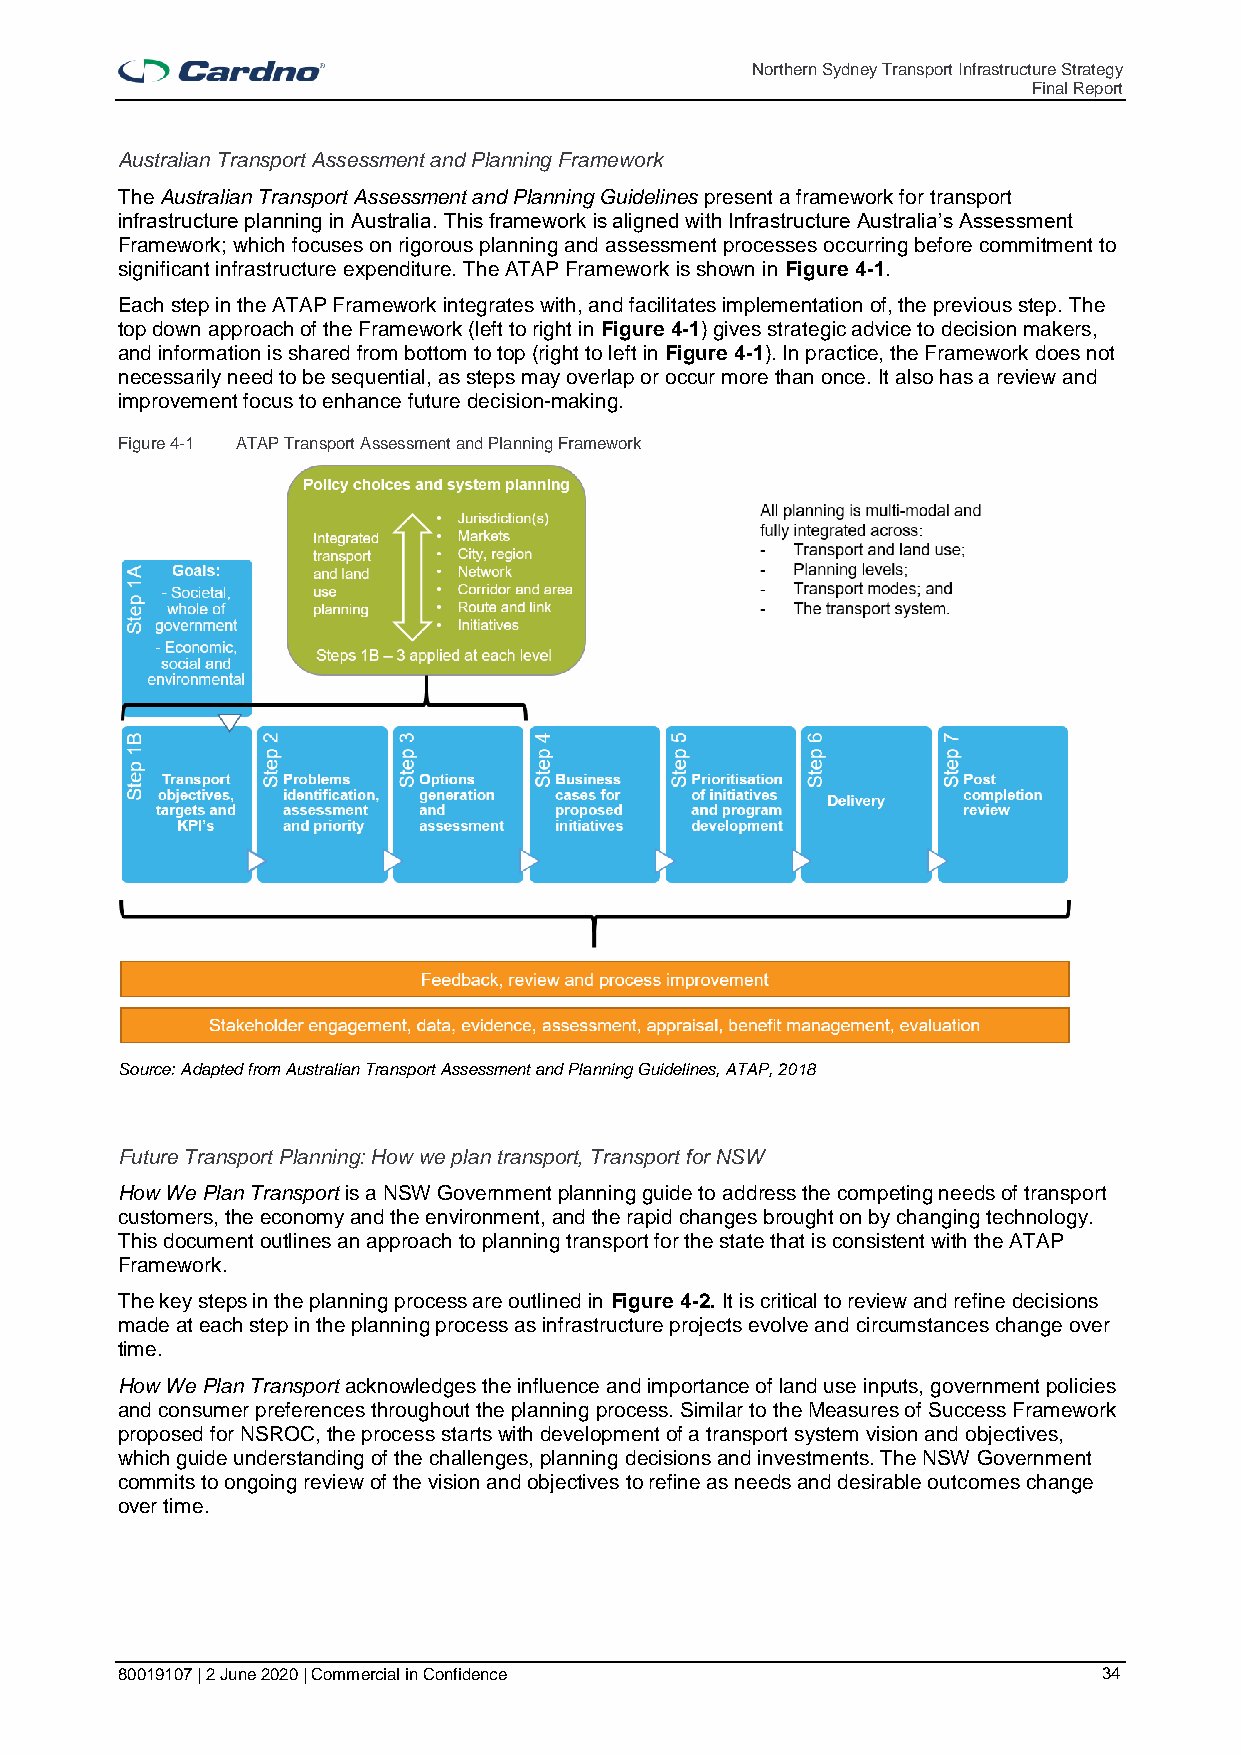
Northern Sydney Transport Infrastructure Strategy
 Final Report
 Australian Transport Assessment and Planning Framework
 The Australian Transport Assessment and Planning Guidelines present a framework for transport
 infrastructure planning in Australia. This framework is aligned with Infrastructure Australia’s Assessment
 Framework; which focuses on rigorous planning and assessment processes occurring before commitment to
 significant infrastructure expenditure. The ATAP Framework is shown in Figure 4-1.
 Each step in the ATAP Framework integrates with, and facilitates implementation of, the previous step. The
 top down approach of the Framework (left to right in Figure 4-1) gives strategic advice to decision makers,
 and information is shared from bottom to top (right to left in Figure 4-1). In practice, the Framework does not
 necessarily need to be sequential, as steps may overlap or occur more than once. It also has a review and
 improvement focus to enhance future decision-making.
 Figure 4-1 ATAP Transport Assessment and Planning Framework
 Source: Adapted from Australian Transport Assessment and Planning Guidelines, ATAP, 2018
 Future Transport Planning: How we plan transport, Transport for NSW
 How We Plan Transport is a NSW Government planning guide to address the competing needs of transport
 customers, the economy and the environment, and the rapid changes brought on by changing technology.
 This document outlines an approach to planning transport for the state that is consistent with the ATAP
 Framework.
 The key steps in the planning process are outlined in Figure 4-2. It is critical to review and refine decisions
 made at each step in the planning process as infrastructure projects evolve and circumstances change over
 time.
 How We Plan Transport acknowledges the influence and importance of land use inputs, government policies
 and consumer preferences throughout the planning process. Similar to the Measures of Success Framework
 proposed for NSROC, the process starts with development of a transport system vision and objectives,
 which guide understanding of the challenges, planning decisions and investments. The NSW Government
 commits to ongoing review of the vision and objectives to refine as needs and desirable outcomes change
 over time.
 80019107 | 2 June 2020 | Commercial in Confidence                34